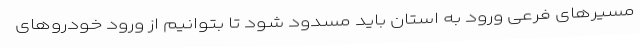
مسیرهای فرعی ورود به استان باید مسدود شود تا بتوانیم از ورود خودروهای